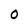
Character: O